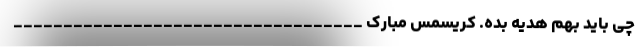
چی باید بهم هدیه بده. کریسمس مبارک ___________________________________